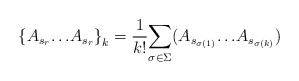
\begin{align*}{\lbrace {A_{s_r}}{\ldots} {A_{s_r}\rbrace}_{k} ={1\over k!}{\sum_{\sigma {\in} {\Sigma}}}{(A_{s_{\sigma (1)}}{\ldots}{A_{s_{\sigma(k)}}}}})\end{align*}